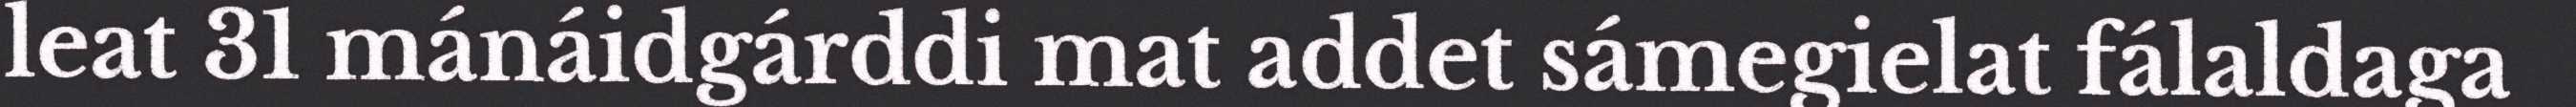
leat 31 mánáidgárddi mat addet sámegielat fálaldaga